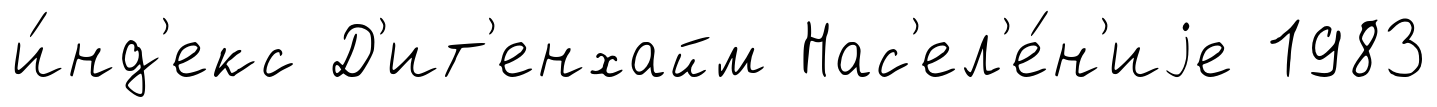
и́нд'екс Д'ит'енхайм Нас'ел'е́н'иjе 1983